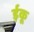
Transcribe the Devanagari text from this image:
ईकू